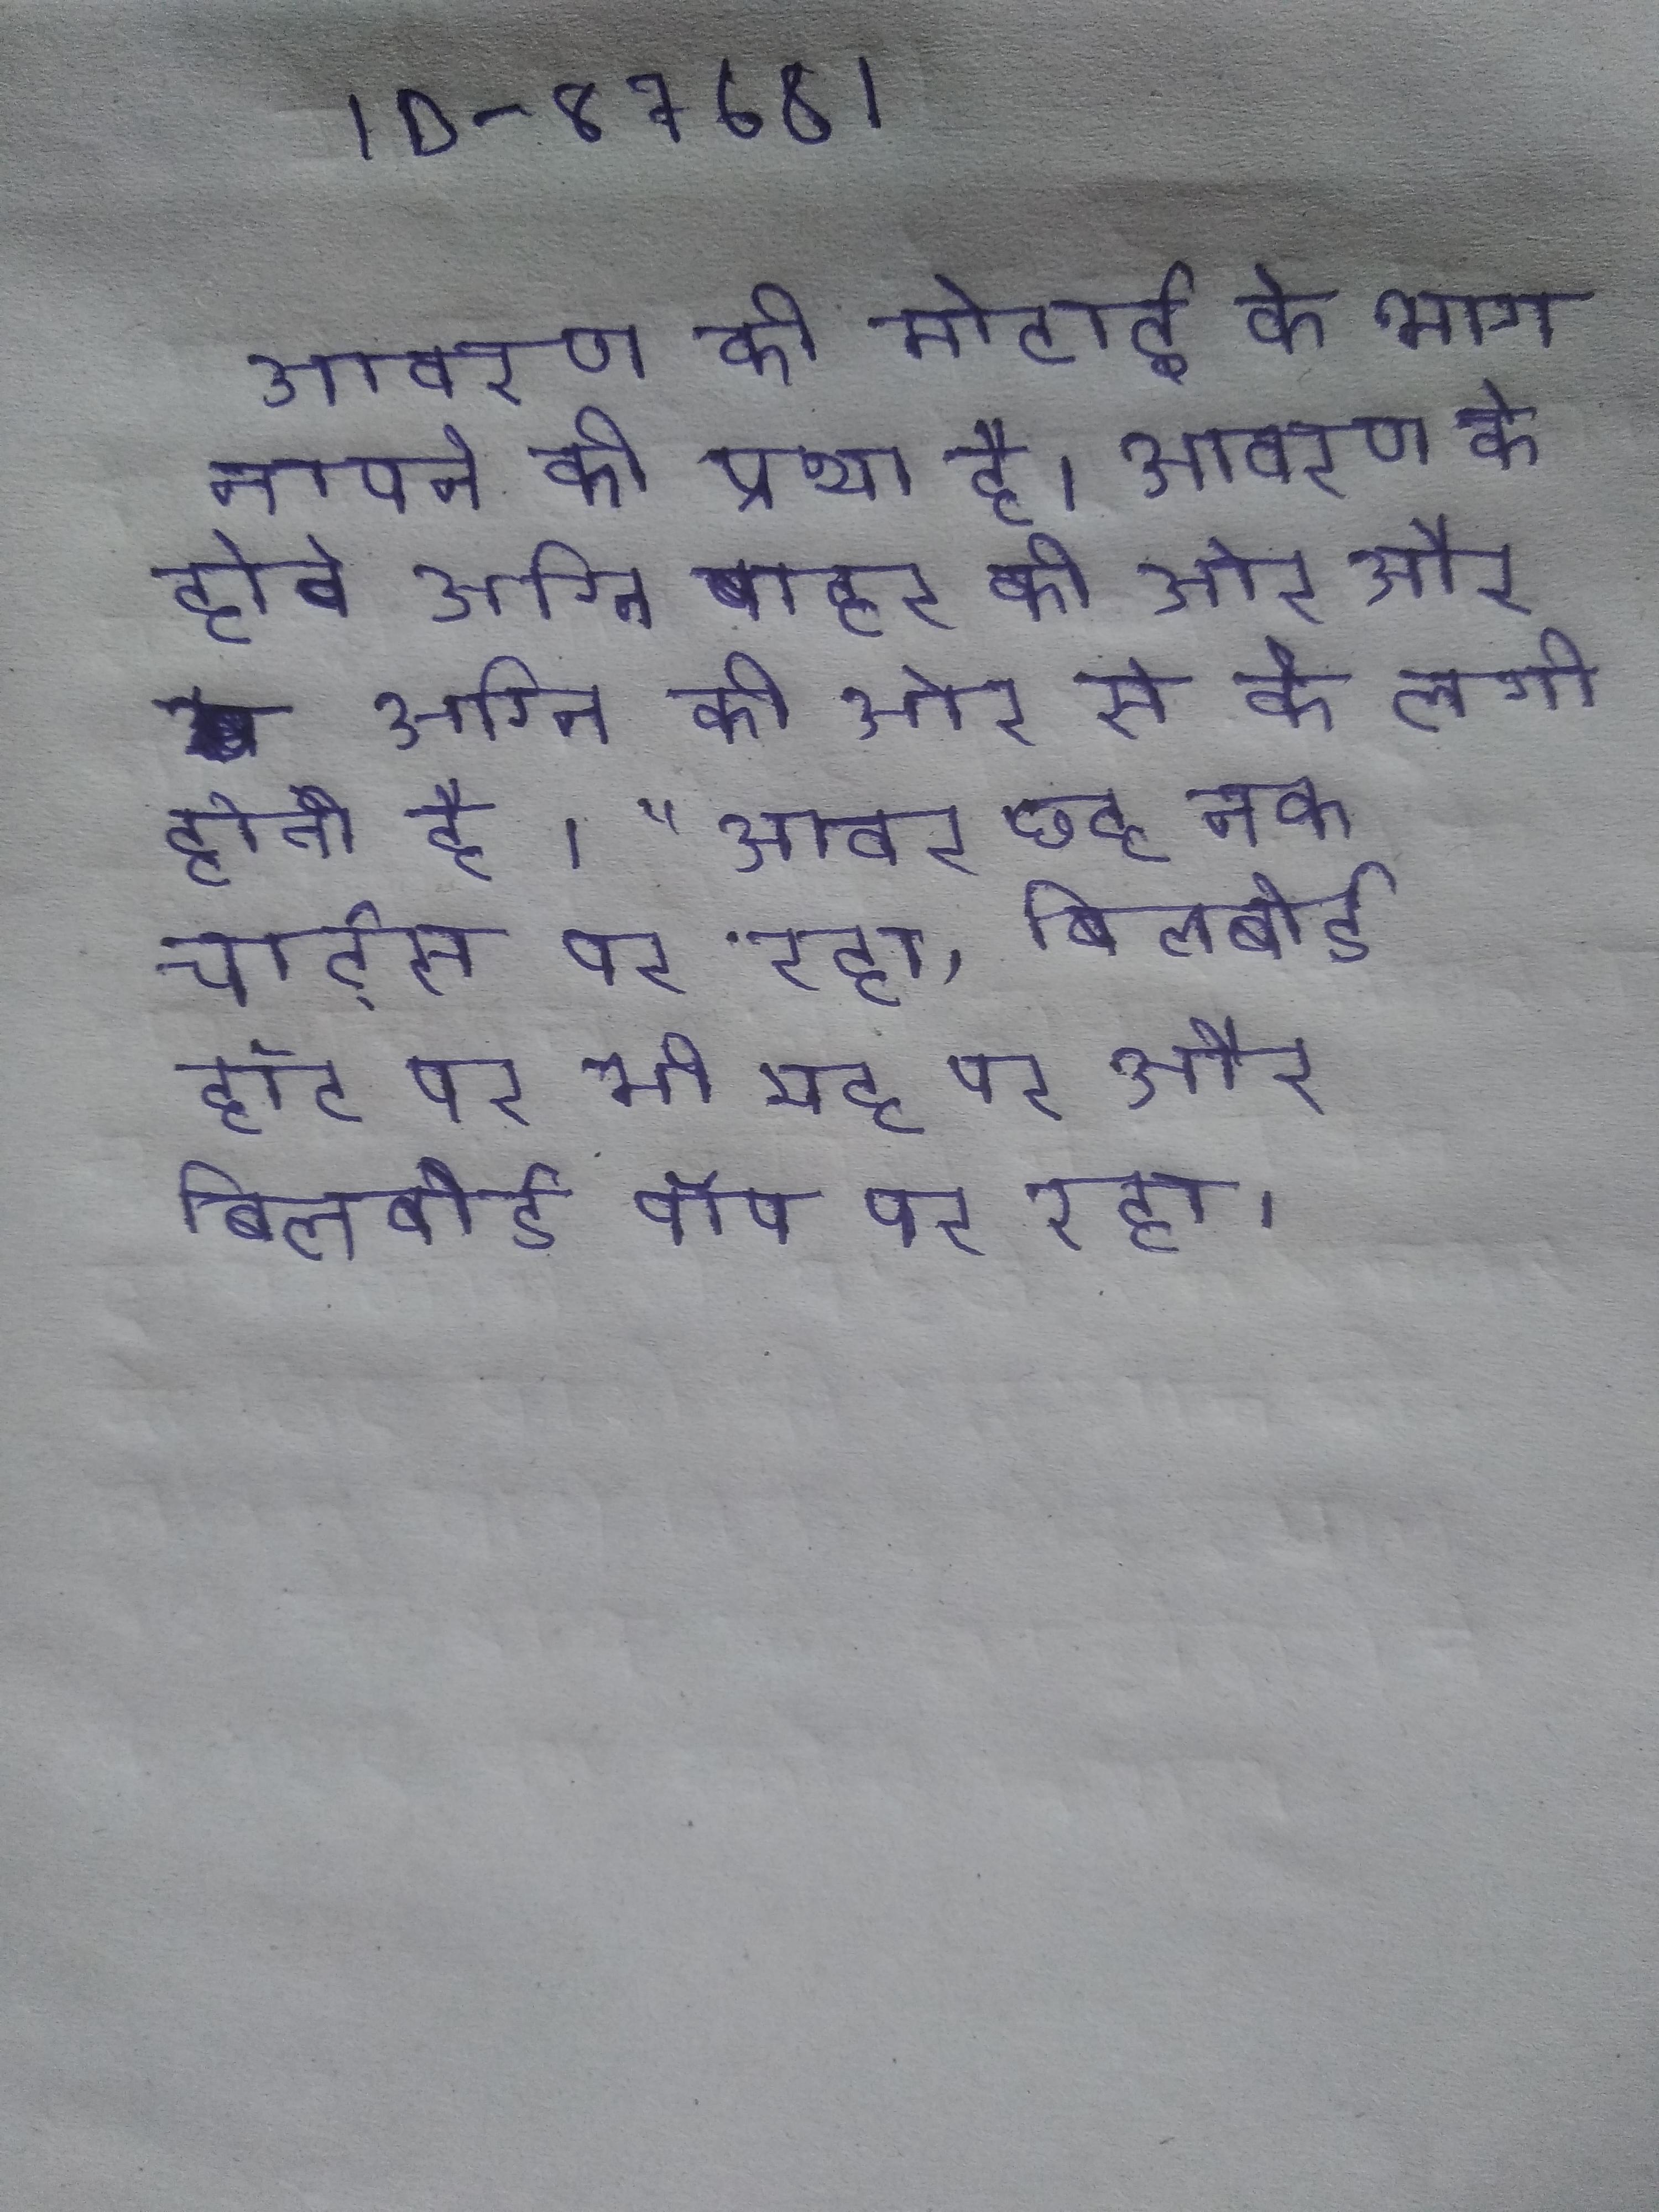
आवरण की मोटाई के भाग नापने की प्रथा है । आवरण के होते अग्नि बाहर की ओर और अग्नि की ओर से के लगी होती है । "आवर छह तक चार्ट्स पर रहा, बिलबोर्ड हॉट पर भी यह पर और बिलबोर्ड पॉप पर रहा ।